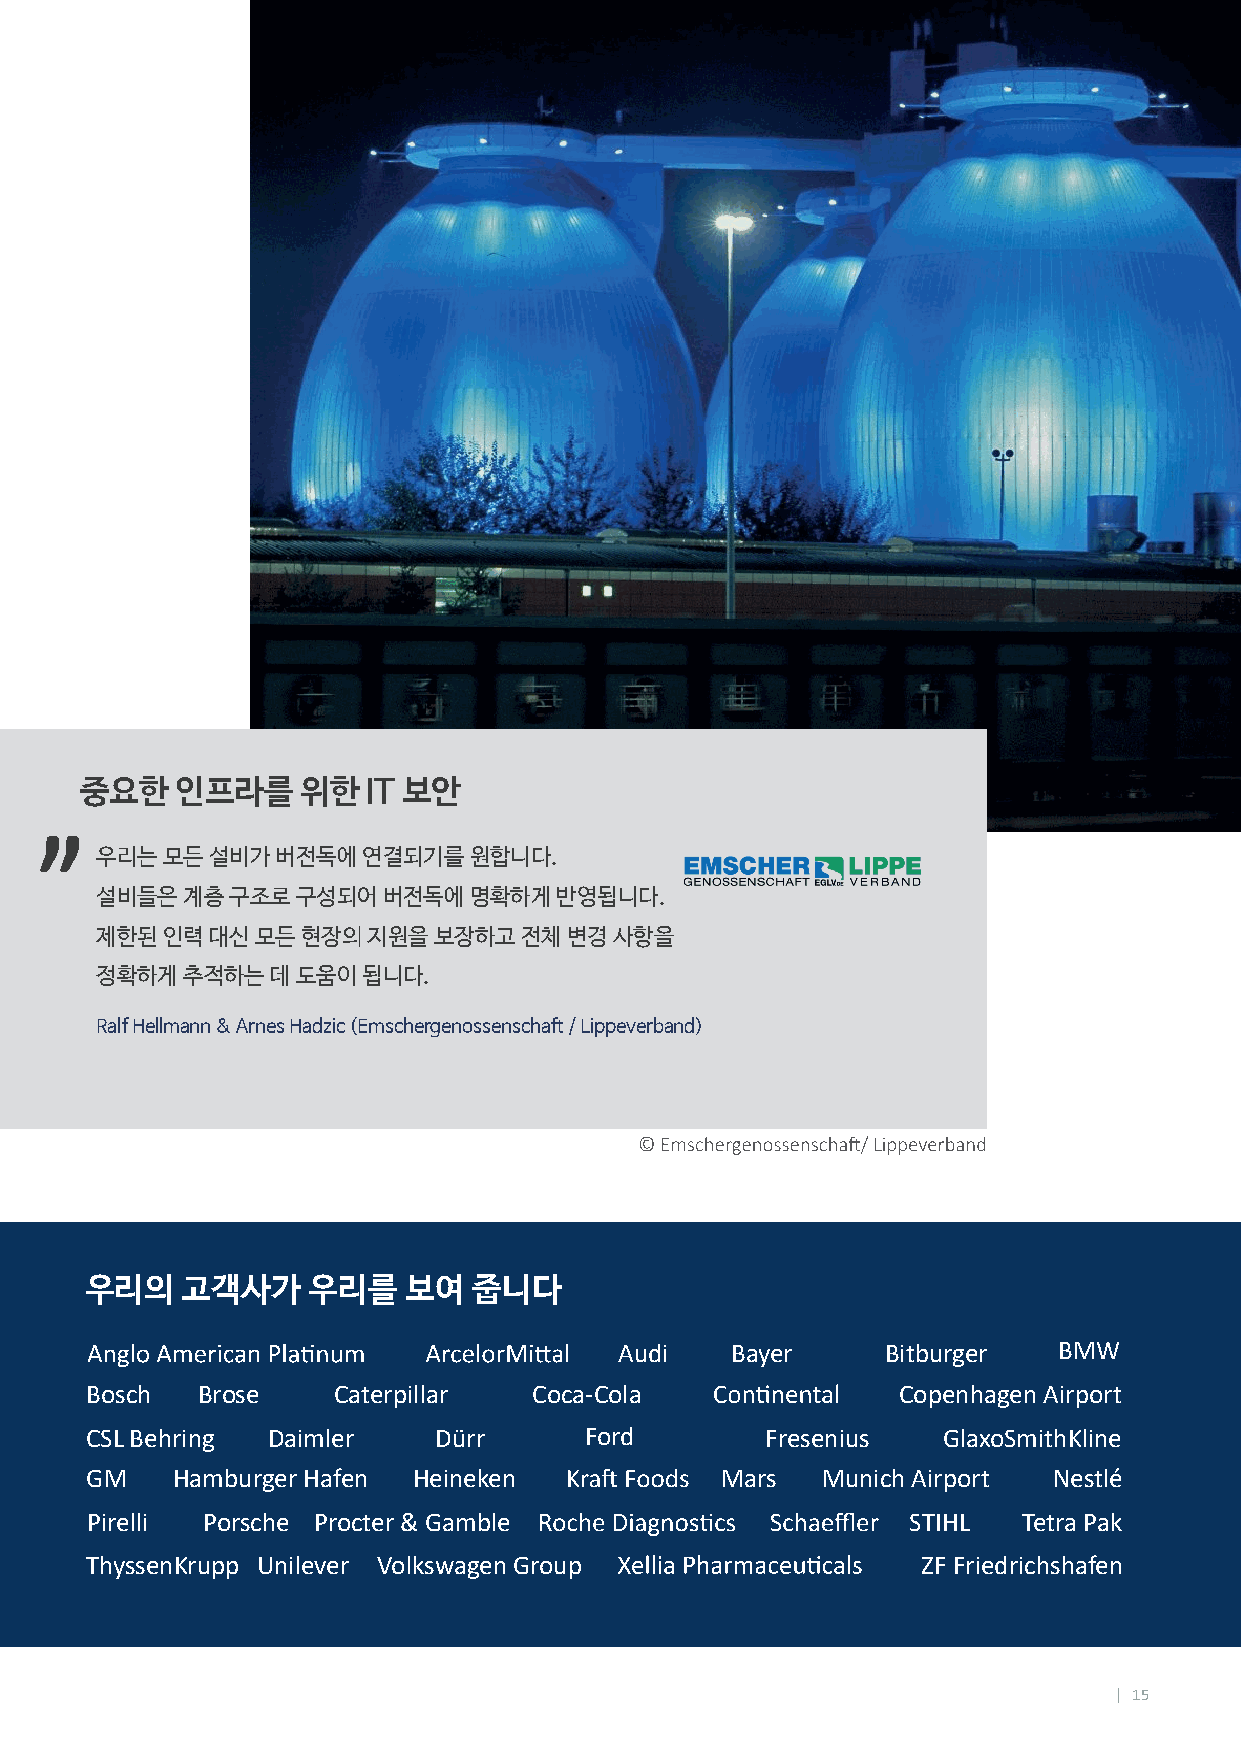
„
 중요한    인프라를    위한  IT 보안
 우리는  모든 설비가 버전독에  연결되기를  원합니다.
 설비들은  계층 구조로  구성되어 버전독에  명확하게  반영됩니다.
 제한된  인력 대신 모든 현장의 지원을  보장하고 전체 변경  사항을
 정확하게  추적하는  데 도움이 됩니다.
 Ralf Hellmann & Arnes Hadzic (Emschergenossenschaft / Lippeverband)
 우리의   고객사가    우리를    보여  줍니다
 Audi   Bayer      Bitburger  BMW
 Bosch  Brose    Caterpillar  Coca-Cola               Copenhagen Airport
 CSL Behring Daimler    Dürr      Ford        Fresenius  GlaxoSmithKline
 GM   Hamburger Hafen Heineken             Mars  Munich Airport  Nestlé
 Pirelli Porsche Procter & Gamble                      STIHL   Tetra Pak
 ThyssenKrupp Unilever Volkswagen Group                 ZF Friedrichshafen
 | 15